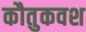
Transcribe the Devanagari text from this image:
कौतुकवश